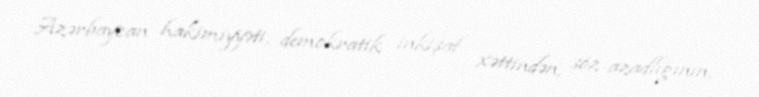
Azərbaycan hakimiyyəti, demokratik inkişaf xəttindən, söz azadlığının,